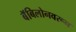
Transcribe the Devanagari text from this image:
बॅबिलोनवरून